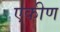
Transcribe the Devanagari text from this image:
एकीण